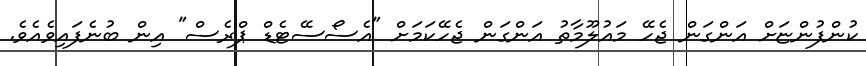
ކުންފުންޏަށް އަންގަން ޖެހޭ މައުލޫމާތު އަންގަން ޖެހޭކަމަށް "އެސޯސޭޓެޑް ޕްރެސް" އިން ބުނެފައިވެއެވެ.